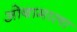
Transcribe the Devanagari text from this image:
ओबामाला